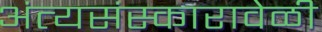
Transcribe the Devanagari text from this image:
अंत्यसंस्कारावेळी